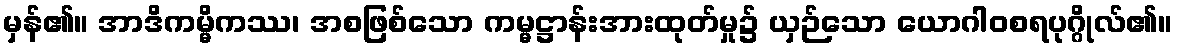
မှန်၏။ အာဒိကမ္မိကဿ၊ အစဖြစ်သော ကမ္မဋ္ဌာန်းအားထုတ်မှု၌ ယှဉ်သော ယောဂါဝစရပုဂ္ဂိုလ်၏။